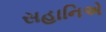
સહાનિએ